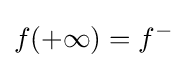
f(+\infty )=f^{-}